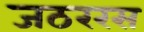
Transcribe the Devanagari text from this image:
जठररस